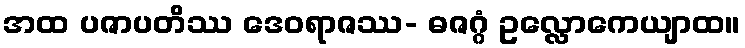
အထ ပဇာပတိဿ ဒေဝရာဇဿ- ဓဇဂ္ဂံ ဥလ္လောကေယျာထ။